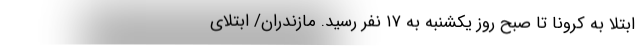
ابتلا به کرونا تا صبح روز یکشنبه به ۱۷ نفر رسید. مازندران/ ابتلای